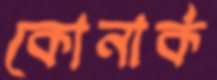
কোনার্ক